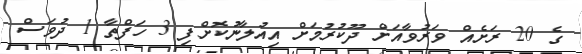
ގެ 20 ރަށެއް ވަރުވާއަށް ދޫކުރުމަށް އިއުލާނުކޮށްފި 3 ހަފްތާ 1 ދުވަސް